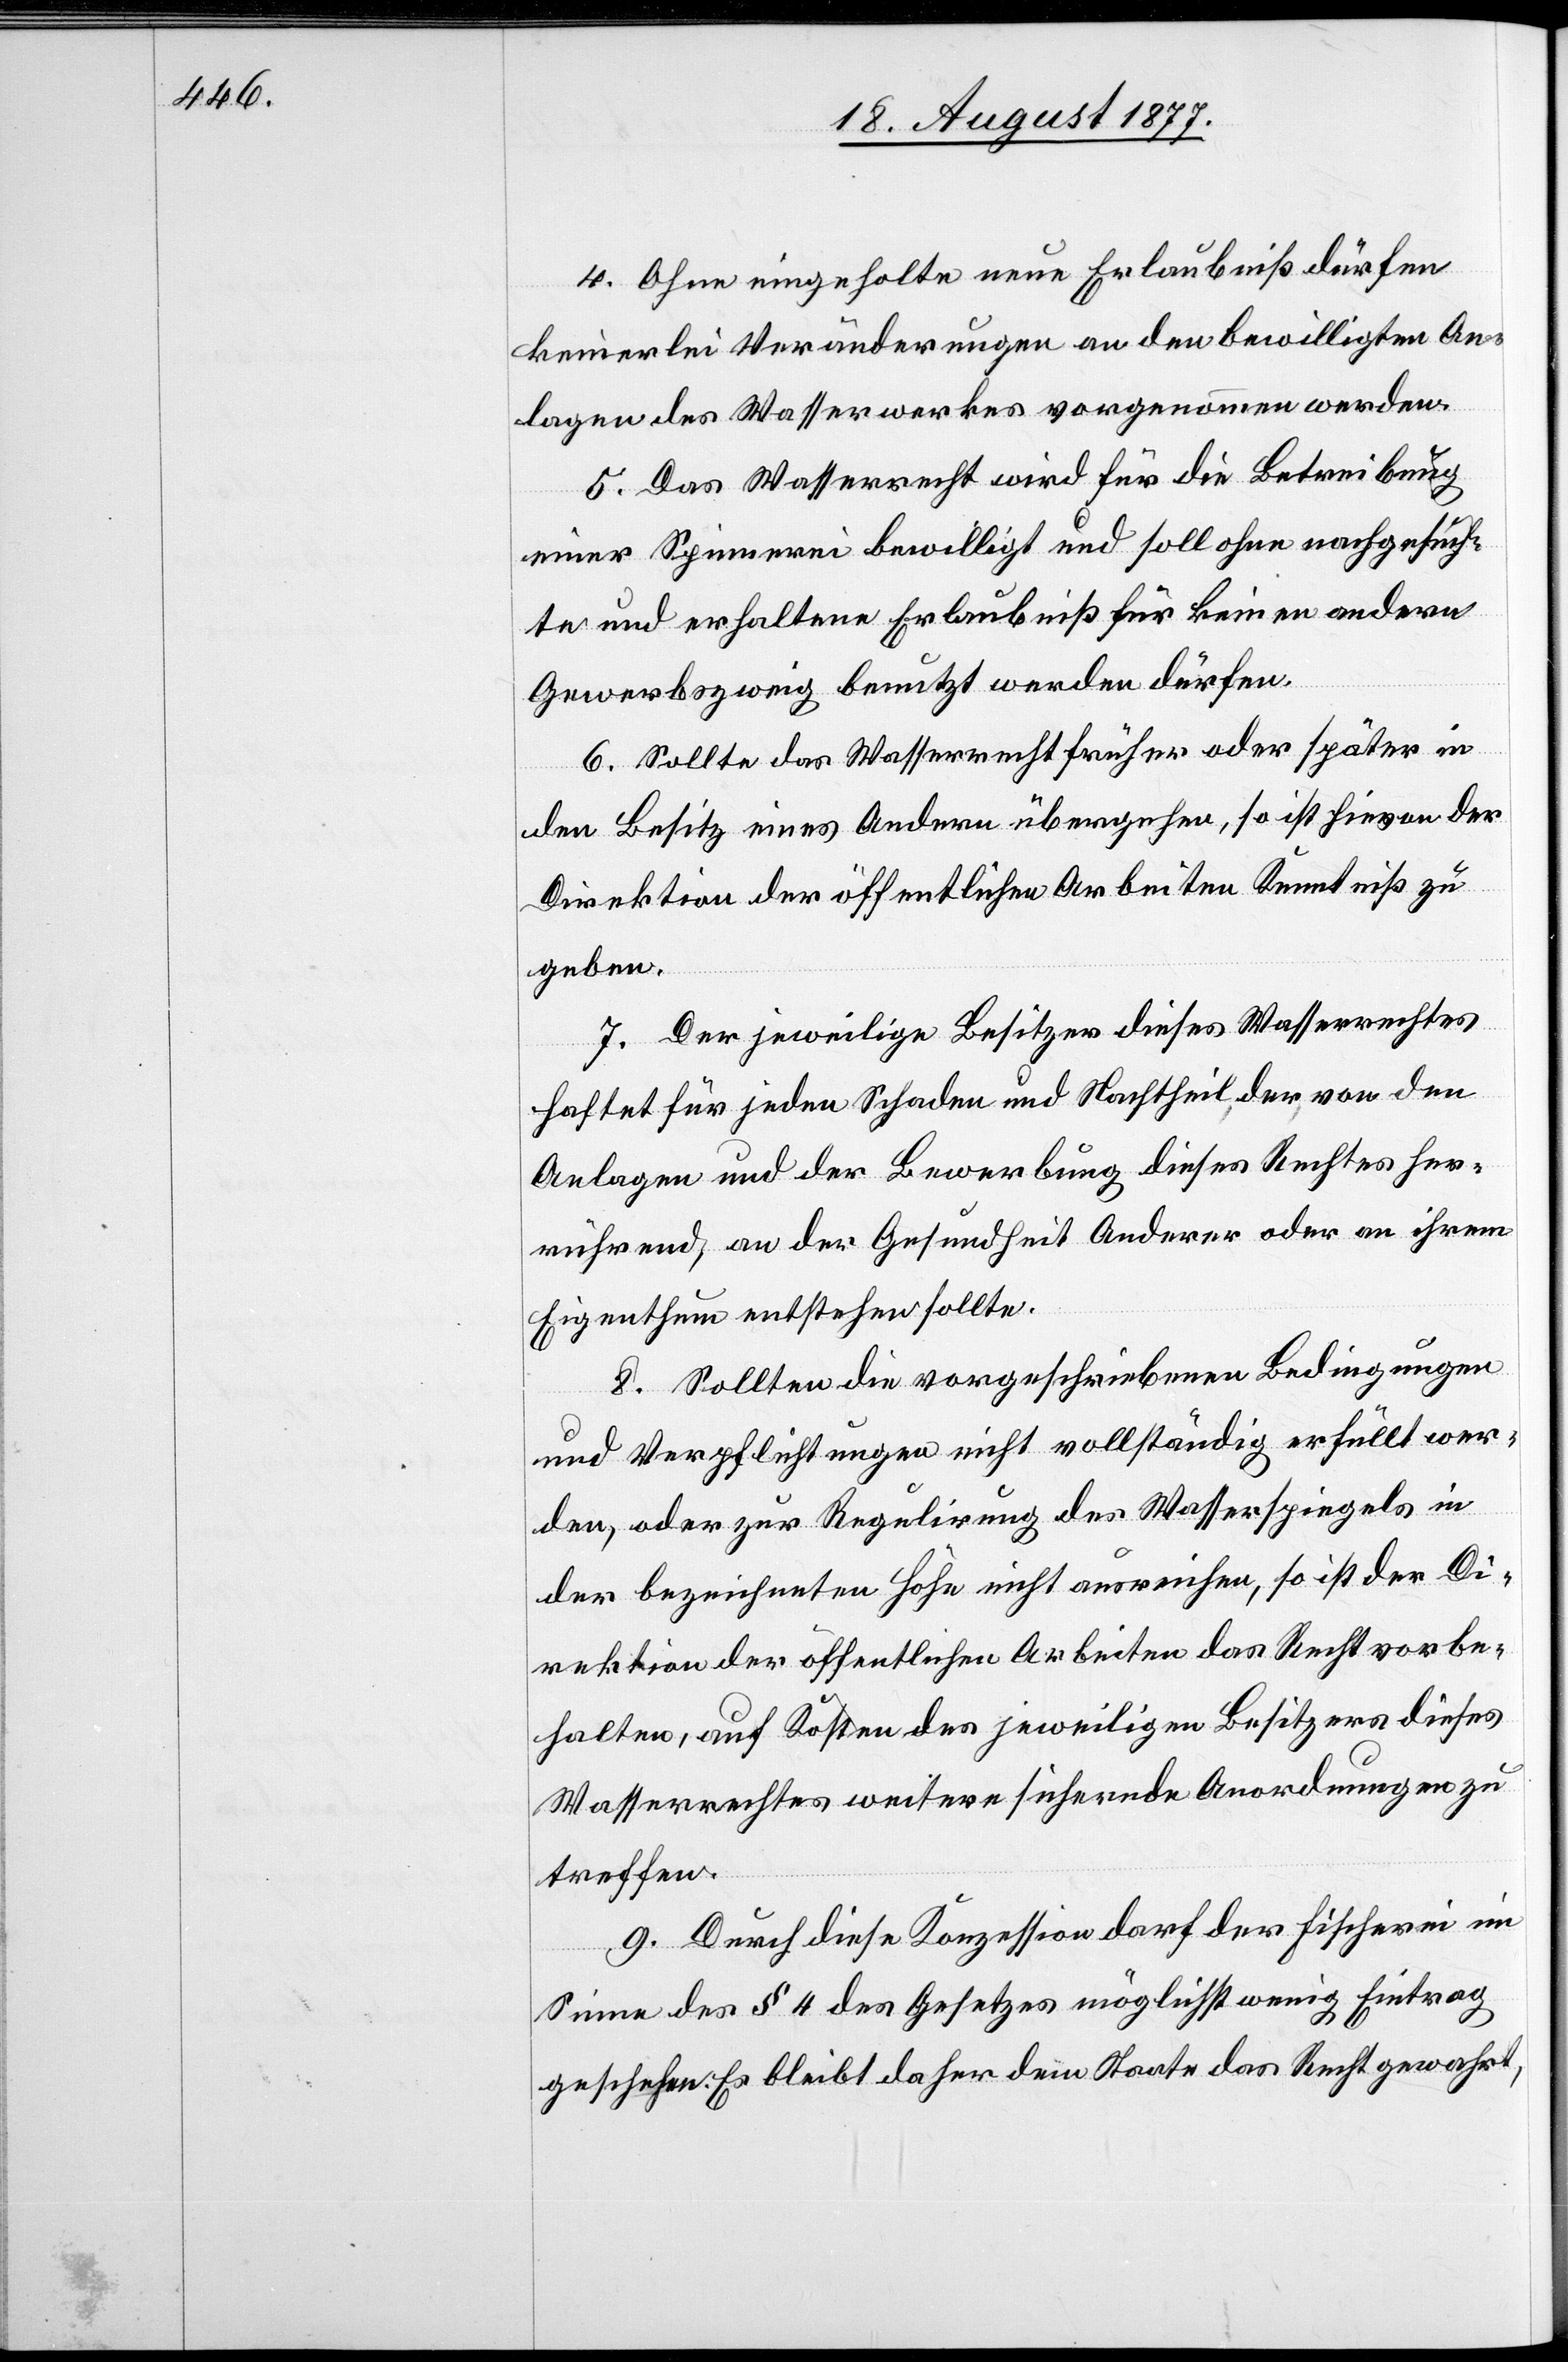
4. Ohne eingeholte neue Erlaubniß dürfen
keinerlei Veränderungen an den bewilligten An¬
lagen des Wasserwerkes vorgenommen werden.
5. Das Wasserrecht wird für die Betreibung
einer Spinnerei bewilligt und soll ohne nachgesuch¬
te und erhaltene Erlaubniß für keinen andern
Gewerbszweig benutzt werden dürfen.
6. Sollte das Wasserrecht früher oder später in
den Besitz eines Andern übergehen, so ist hievon der
Direktion der öffentlichen Arbeiten Kenntniß zu
geben.
7. Der jeweilige Besitzer dieses Wasserrechtes
haftet für jeden Schaden und Nachtheil, der, von den
Anlagen und der Bewerbung dieses Rechtes her¬
rührend, an der Gesundheit Anderer oder an ihrem
Eigenthum entstehen sollte.
8. Sollten die vorgeschriebenen Bedingungen
und Verpflichtungen nicht vollständig erfüllt wer¬
den, oder zur Regulirung des Wasserspiegels in
der bezeichneten Höhe nicht ausreichen, so ist der Di¬
rektion der öffentlichen Arbeiten das Recht vorbe¬
halten, auf Kosten des jeweiligen Besitzers dieses
Wasserrechtes weitere sichernde Anordnungen zu
treffen.
9. Durch diese Konzession darf der Fischerei im
Sinne des § 4 des Gesetzes möglichst wenig Eintrag
geschehen. Es bleibt daher dem Staate das Recht gewahrt,